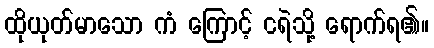
ထိုယုတ်မာသော ကံ ကြောင့် ငရဲသို့ ရောက်ရ၏။